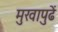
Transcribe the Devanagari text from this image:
मुखापुढें